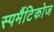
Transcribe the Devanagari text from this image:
स्पर्मैटिकोज